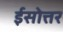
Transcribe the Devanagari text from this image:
ईसोत्तर